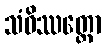
သံဝိဿတ္ထော